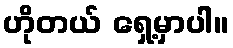
ဟိုတယ် ရှေ့မှာပါ။